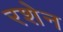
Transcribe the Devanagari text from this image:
रशेन